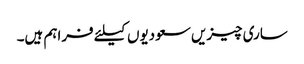
ساری چیزیں سعودیوں کیلئے فراہم ہیں۔